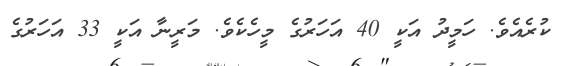
ކުރެއެވެ. ހަމީދު އަކީ 40 އަހަރުގެ މީހެކެވެ. މަރީނާ އަކީ 33 އަހަރުގެ